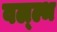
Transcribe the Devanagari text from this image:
वल्ल्भ